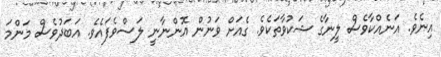
އިނެވެ. އަނެއްކާވެސް ލީނާގެ ޝަކުވާތަކެވެ. ގެއަށް ވަނުން އޮންނާނީ ލަސްވެފައެވެ. އަބަދުވެސް މަންމަ